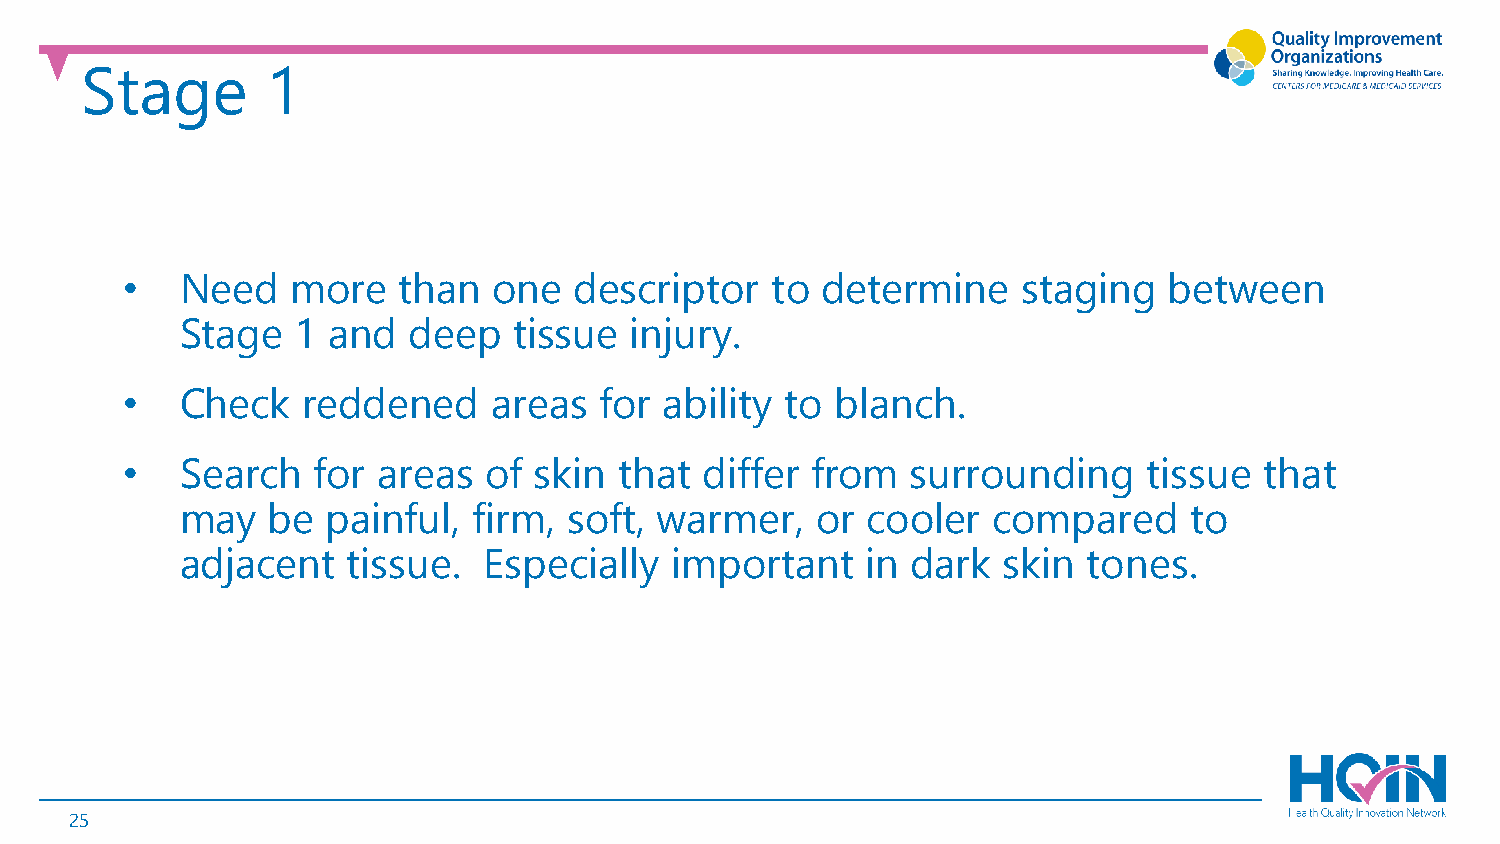
Stage        1
 •   Need   more   than   one  descriptor   to determine     staging  between
 Stage   1 and  deep   tissue  injury.
 •   Check   reddened     areas  for ability to blanch.
 •   Search   for areas  of skin  that differ  from  surrounding     tissue  that
 may   be  painful, firm,  soft, warmer,   or cooler   compared     to
 adjacent   tissue.  Especially  important    in dark  skin  tones.
 25